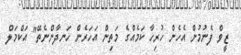
ޒީވް ފެނުމުން އެހެން ހުރިހާ ކަމެއްގެ މަތިން އަހަރެން ހަނދާންނެތޭ" އަކްމަލް